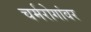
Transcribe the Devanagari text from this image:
चर्मरोगांवर